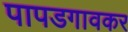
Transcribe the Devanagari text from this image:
पापडगावकर